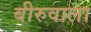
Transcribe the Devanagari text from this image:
बीरुवाला